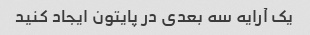
یک آرایه سه بعدی در پایتون ایجاد کنید